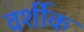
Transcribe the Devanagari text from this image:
वर्शीक